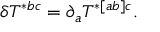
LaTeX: \delta T ^ { * b c } = \partial _ { a } T ^ { * [ a b ] c } .